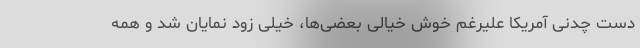
دست چدنی آمریکا علیرغم خوش خیالی بعضی‌ها، خیلی زود نمایان شد و همه